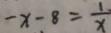
- x - 8 = \frac { 1 } { x }